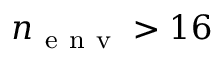
n _ { \mathrm { ~ e ~ n ~ v ~ } } > 1 6